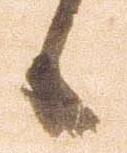
候